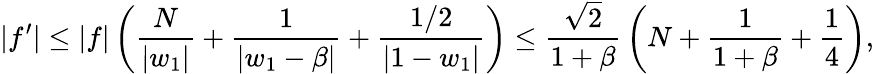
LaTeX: |f^{\prime}|\leq|f|\left({\frac{N}{|w_{1}|}}+{\frac{1}{|w_{1}-\beta|}}+{\frac{1/2}{|1-w_{1}|}}\right)\leq{\frac{\sqrt{2}}{1+\beta}}\left(N+{\frac{1}{1+\beta}}+{\frac{1}{4}}\right),